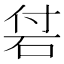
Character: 𥑧